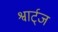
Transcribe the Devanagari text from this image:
श्वार्ट्‌ज